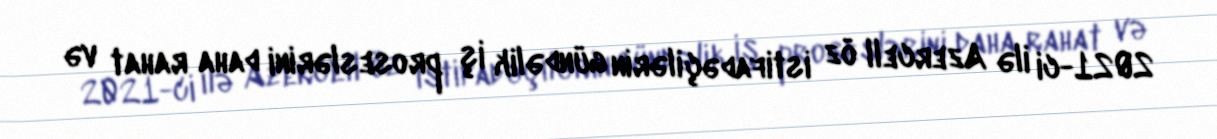
2021-ci ilə Azercell öz istifadəçilərin gündəlik iş proseslərini daha rahat və